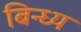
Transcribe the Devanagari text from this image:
बिन्ध्य